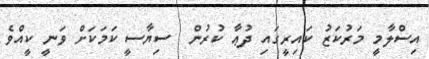
އިސްލާމީ މަރުކަޒު ކައިރީގައި ދުޢާ ކުރުން  ސިޔާސީ ކަމަކަށް ވަނީ ކީއްވެ